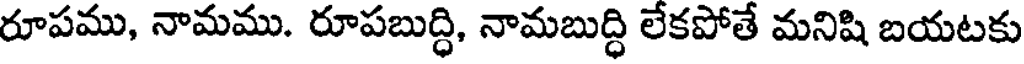
రూపము, నామము. రూపబుద్ధి, నామబుద్ధి లేకపోతే మనిషి బయటకు